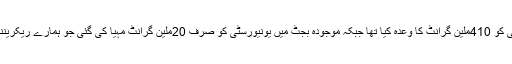
انہوں نے کہا کہ ایچ ای سی نے یونیورسٹی کو 410ملین گرانٹ کا وعدہ کیا تھا جبکہ موجودہ بجٹ میں یونیورسٹی کو صرف 20ملین گرانٹ مہیا کی گئی جو ہمارے ریکریننگ بجٹ کے ایک فیصد سے بھی کم ہے ۔